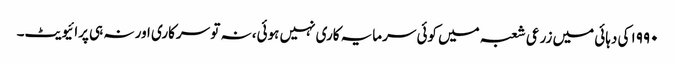
۱۹۹۰ کی دہائی میں زرعی شعبہ میں کوئی سرمایہ کاری نہیں ہوئی، نہ تو سرکاری اور نہ ہی پرائیویٹ۔